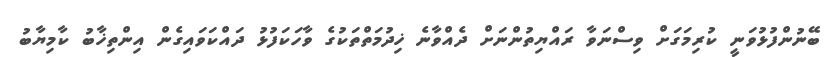
ބޭނުންފުޅުވަނީ ކުރިމަގަށް ވިސްނަވާ ރައްޔިތުންނަށް ދެއްވާނެ ޚިދުމަތްތަކުގެ ވާހަކަފުޅު ދައްކަވައިގެން އިންތިޚާބު ކާމިޔާބު